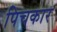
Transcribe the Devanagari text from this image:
पिचकार